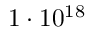
1 \cdot 1 0 ^ { 1 8 }